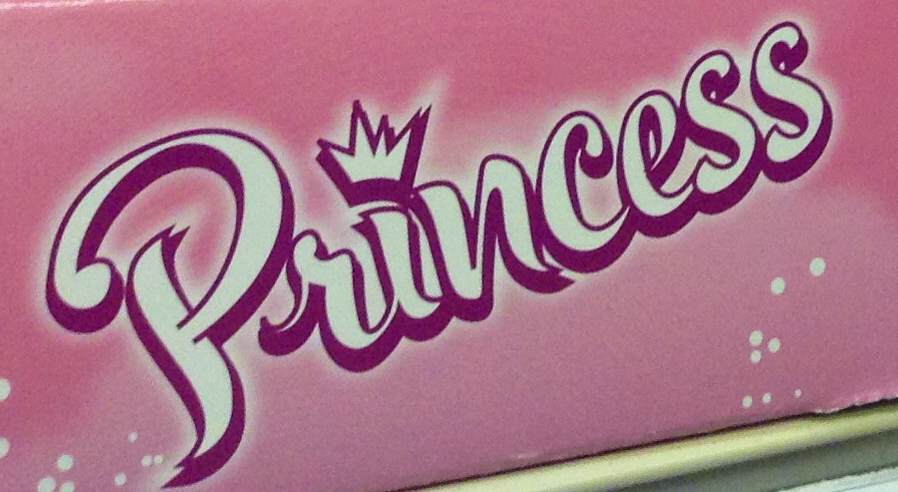
Princess